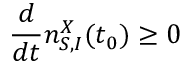
\frac { d } { d t } n _ { S , I } ^ { X } ( t _ { 0 } ) \geq 0